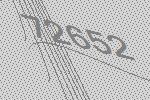
72652